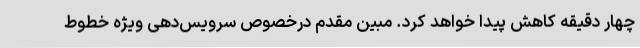
چهار دقیقه کاهش پیدا خواهد کرد. مبین مقدم درخصوص سرویس‌دهی ویژه خطوط